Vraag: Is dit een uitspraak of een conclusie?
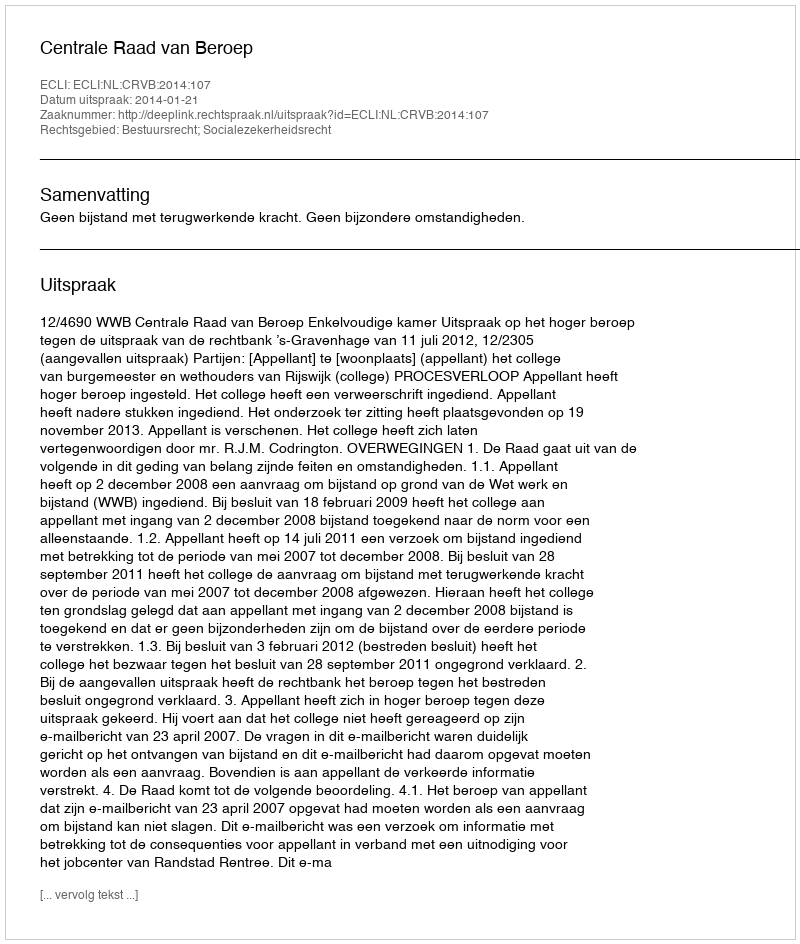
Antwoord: Uitspraak